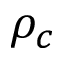
\rho _ { c }